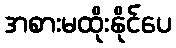
အစားမထိုးနိုင်ပေ